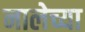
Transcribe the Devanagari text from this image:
नालेच्या